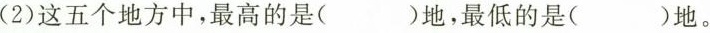
(2)这五个地方中，最高的是()地，最低的是()地。